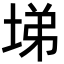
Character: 𡌡